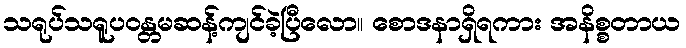
သရုပ်သရူပဝန္တမဆန့်ကျင်ခဲ့ပြီလော။ စောဒနာရှိရကား အနိစ္စတာယ